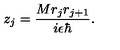
z _ { j } = \frac { M r _ { j } r _ { j + 1 } } { i \epsilon \hbar } .